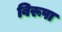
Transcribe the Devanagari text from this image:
विरूपा